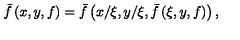
\bar { f } \left( x , y , f \right) = \bar { f } \left( x / \xi , y / \xi , \bar { f } \left( \xi , y , f \right) \right) ,